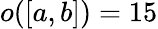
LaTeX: o([a,b])=15